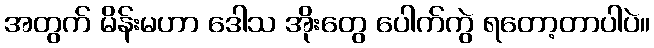
အတွက် မိန်းမဟာ ဒေါသ အိုးတွေ ပေါက်ကွဲ ရတော့တာပါပဲ။